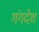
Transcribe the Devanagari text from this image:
गंगदेश